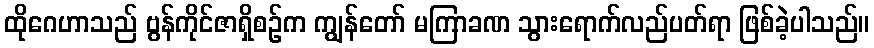
ထိုဂေဟာသည် ဗွန်ကိုင်ဇာရှိစဉ်က ကျွန်တော် မကြာခဏ သွားရောက်လည်ပတ်ရာ ဖြစ်ခဲ့ပါသည်။